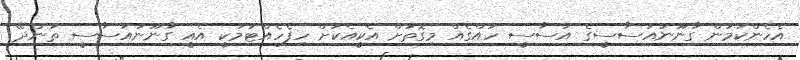
އެހެންކަމުން ގާނޫނުއަސާސީގެ އަސާސީ ހައްގެއް މިގޮތަށް އެކީއެކަށް ހިފެހެއްޓުމަކީ އެއީ ގާނޫނުއަސާސީ ތަންދޭ